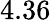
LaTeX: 4.36